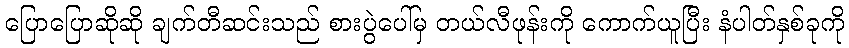
ပြောပြောဆိုဆို ချက်တီဆင်းသည် စားပွဲပေါ်မှ တယ်လီဖုန်းကို ကောက်ယူပြီး နံပါတ်နှစ်ခုကို